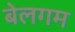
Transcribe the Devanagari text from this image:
बेलगम